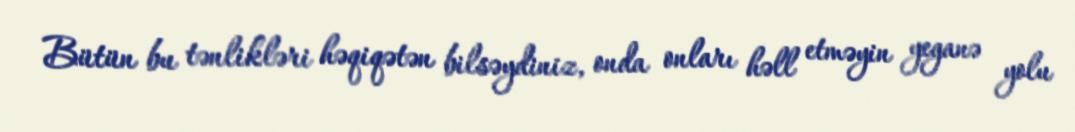
Bütün bu tənlikləri həqiqətən bilsəydiniz, onda onları həll etməyin yeganə yolu